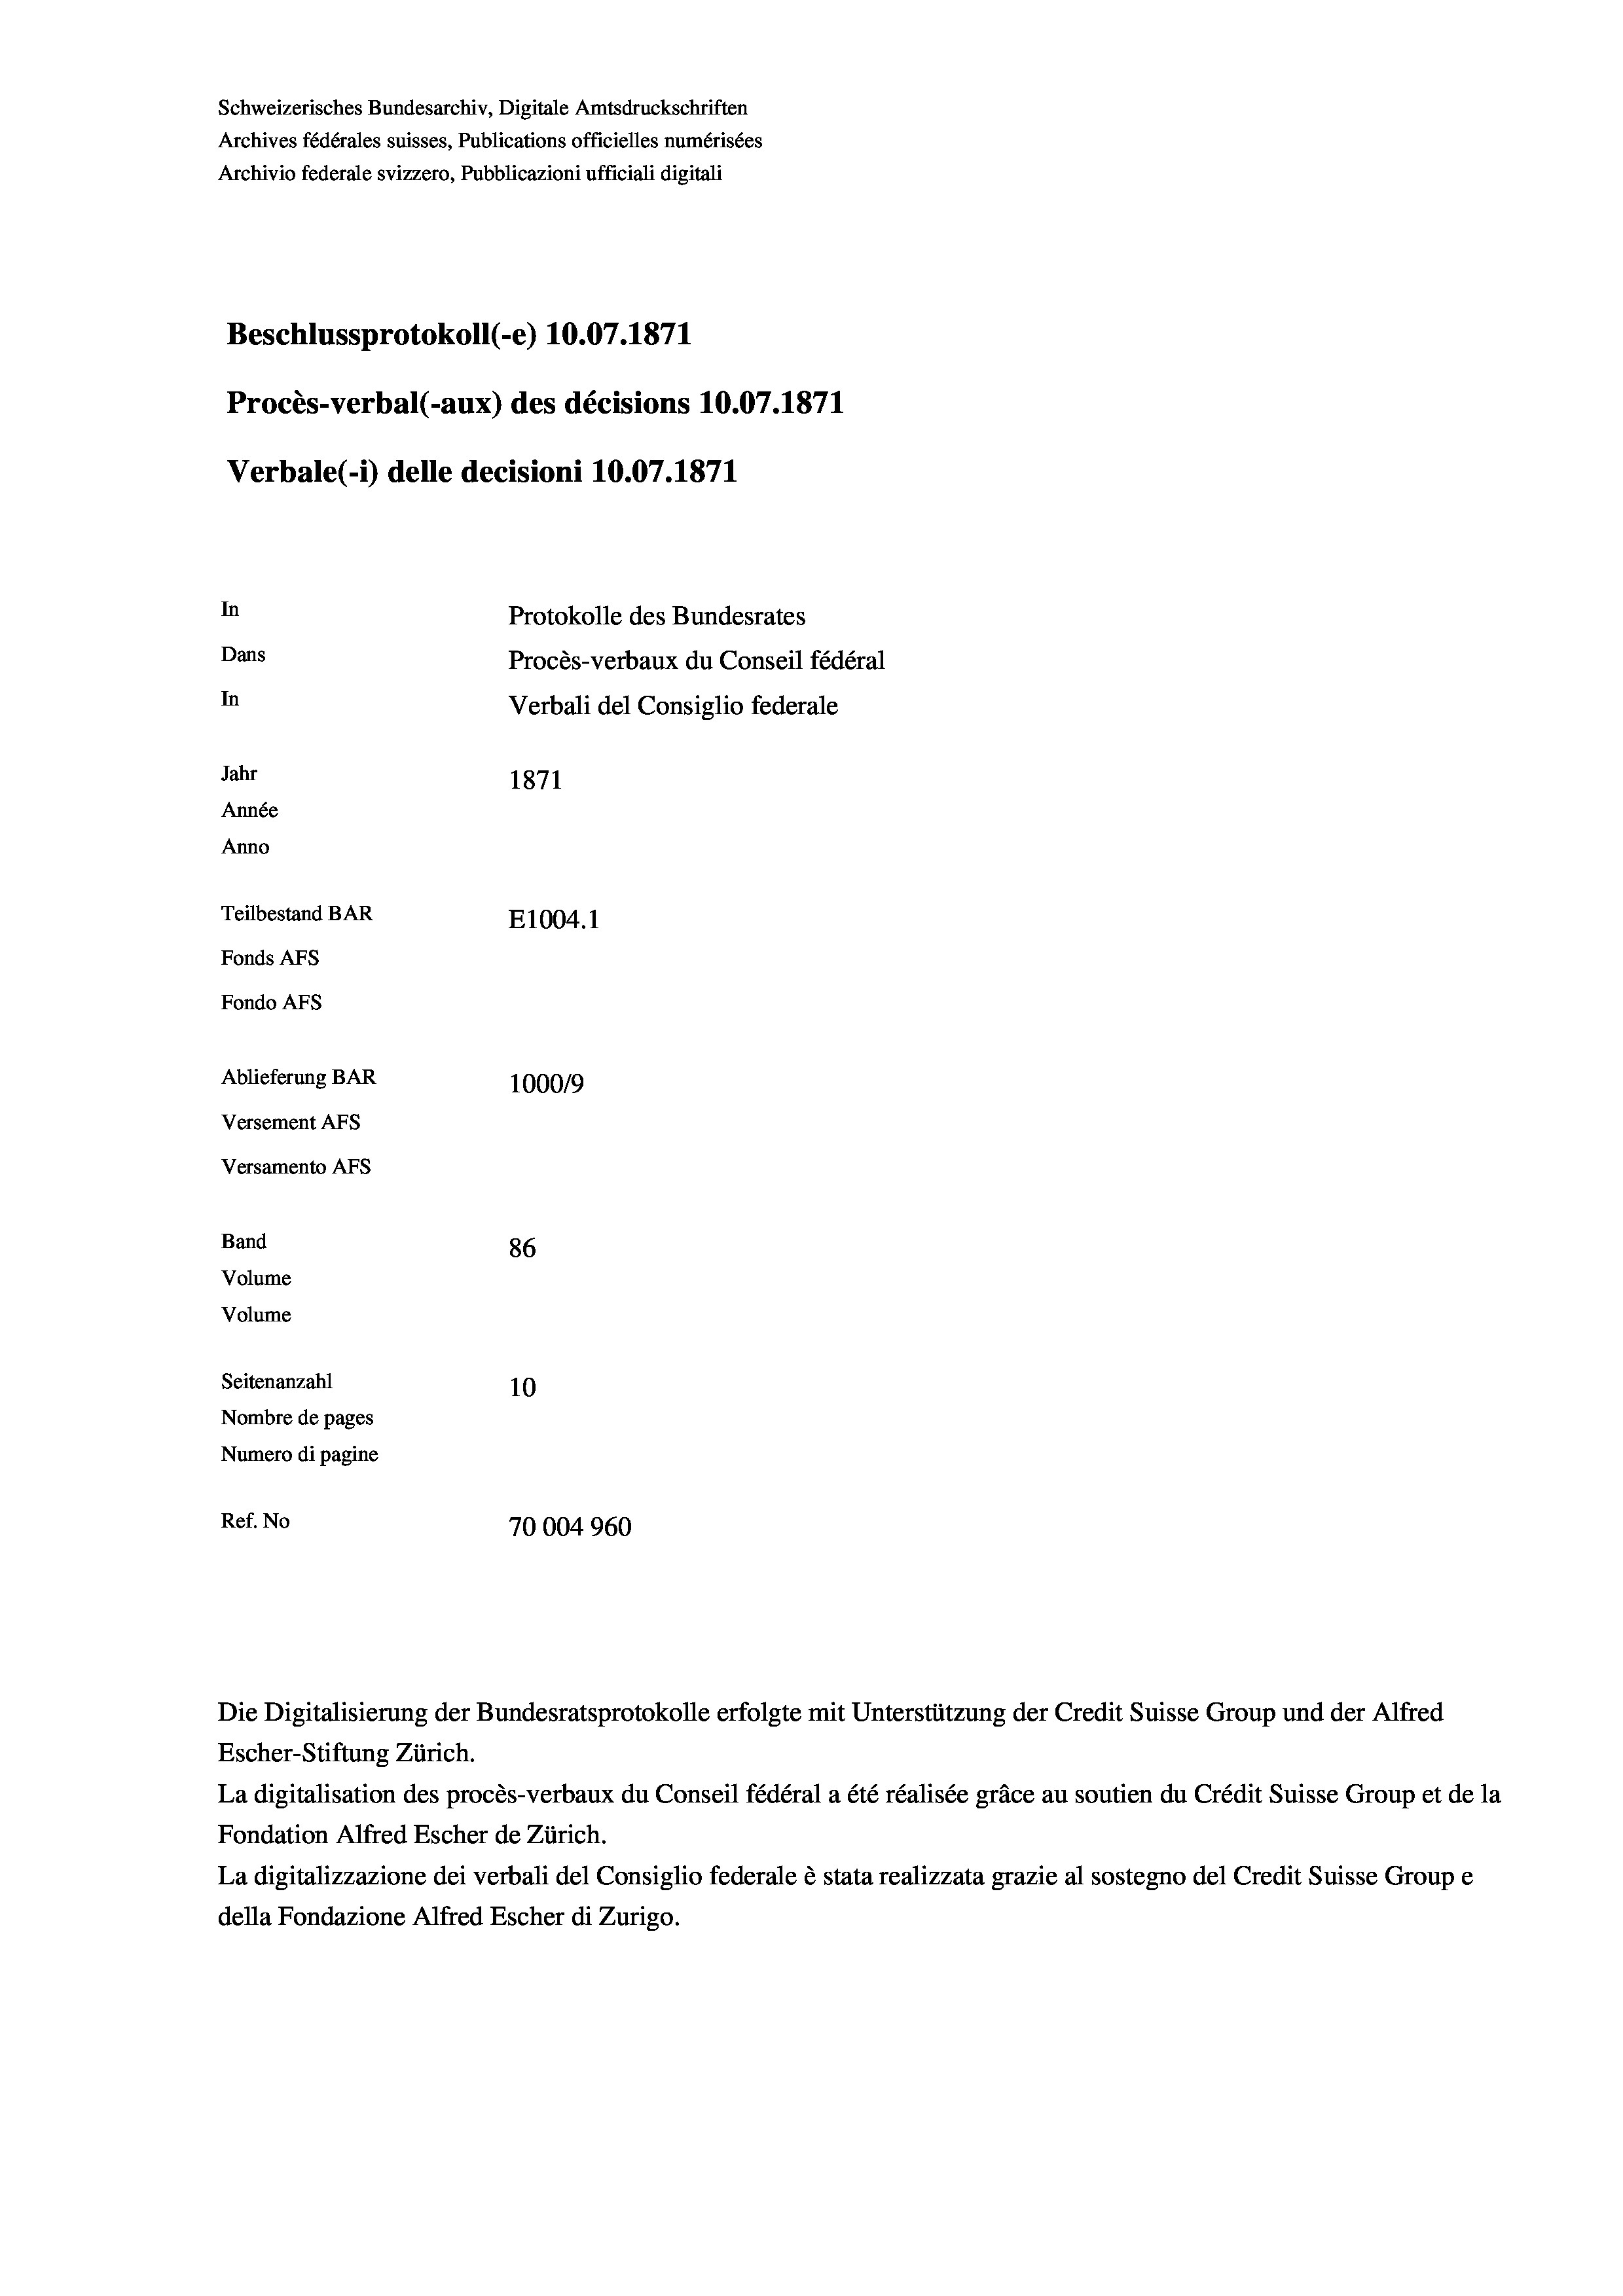
Schweizerisches Bundesarchiv, Digitale Amtsdruckschriften
Archives fédérales suisses, Publications officielles numérisées
Archivio federale svizzero, Pubblicazioni ufficiali digitali
Beschlussprotokoll (-e) 10.07. 1871
Procès-verbal (-aux) des décisions 10.07.1871
Verbale (-*) delle decisioni 10.07. 1871
In
Protokolle des Bundesrates
Dans
Procès-verbaux du Conseil fédéral
In
Verbali del Consiglio federale
Jahr
1871
Année
Anno
Teilbestand BAR
E1004.1
Fonds Afs
Fondo AFs
Ablieferung BAR
100019
Versement Abs
Versamento Afs
Band
86
Volume
Volume
Seitenanzahl
10
Nombre de pages
Numero di pagine
Ref. No
70004960

Die Digitalisierung der Bundesratsprotokolle erfolgte mit Unterstützung der Credit Suisse Group und der Alfred
Escher-Stiftung Zürich.
La digitalisation des procès-verbaux du Conseil fédéral a été réalisée gräce au soutien du Crédit Suisse Group et de la
Fondation Alfred Escher de Zürich.
La digitalizzazione dei verbali del Consiglio federale è stata realizzata grazie al sostegno del Credit Suisse Groupe
della Fondazione Alfred Escher di Zurigo.